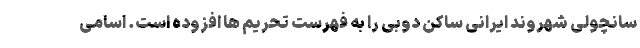
سانچولی شهروند ایرانی ساکن دوبی را به فهرست تحریم ها افزوده است. اسامی